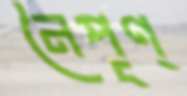
নৈপূণ্